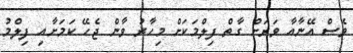
ވެސް އޭނާއާ ވަރަށް ގާތް ފިލްމަކަށް މިހާރު ވާން ޖެހޭ ކަމަށާއި ފިލްމު